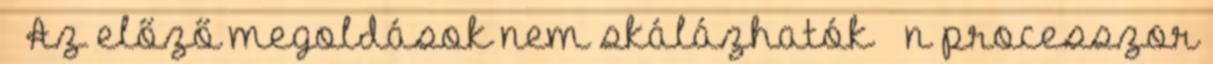
● Az előző megoldások nem skálázhatók – n processzor